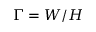
\Gamma = W / H